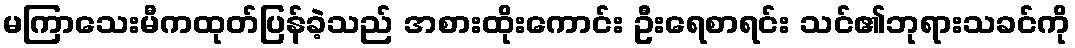
မကြာသေးမီကထုတ်ပြန်ခဲ့သည် အစားထိုးကောင်း ဦးရေစာရင်း သင်၏ဘုရားသခင်ကို